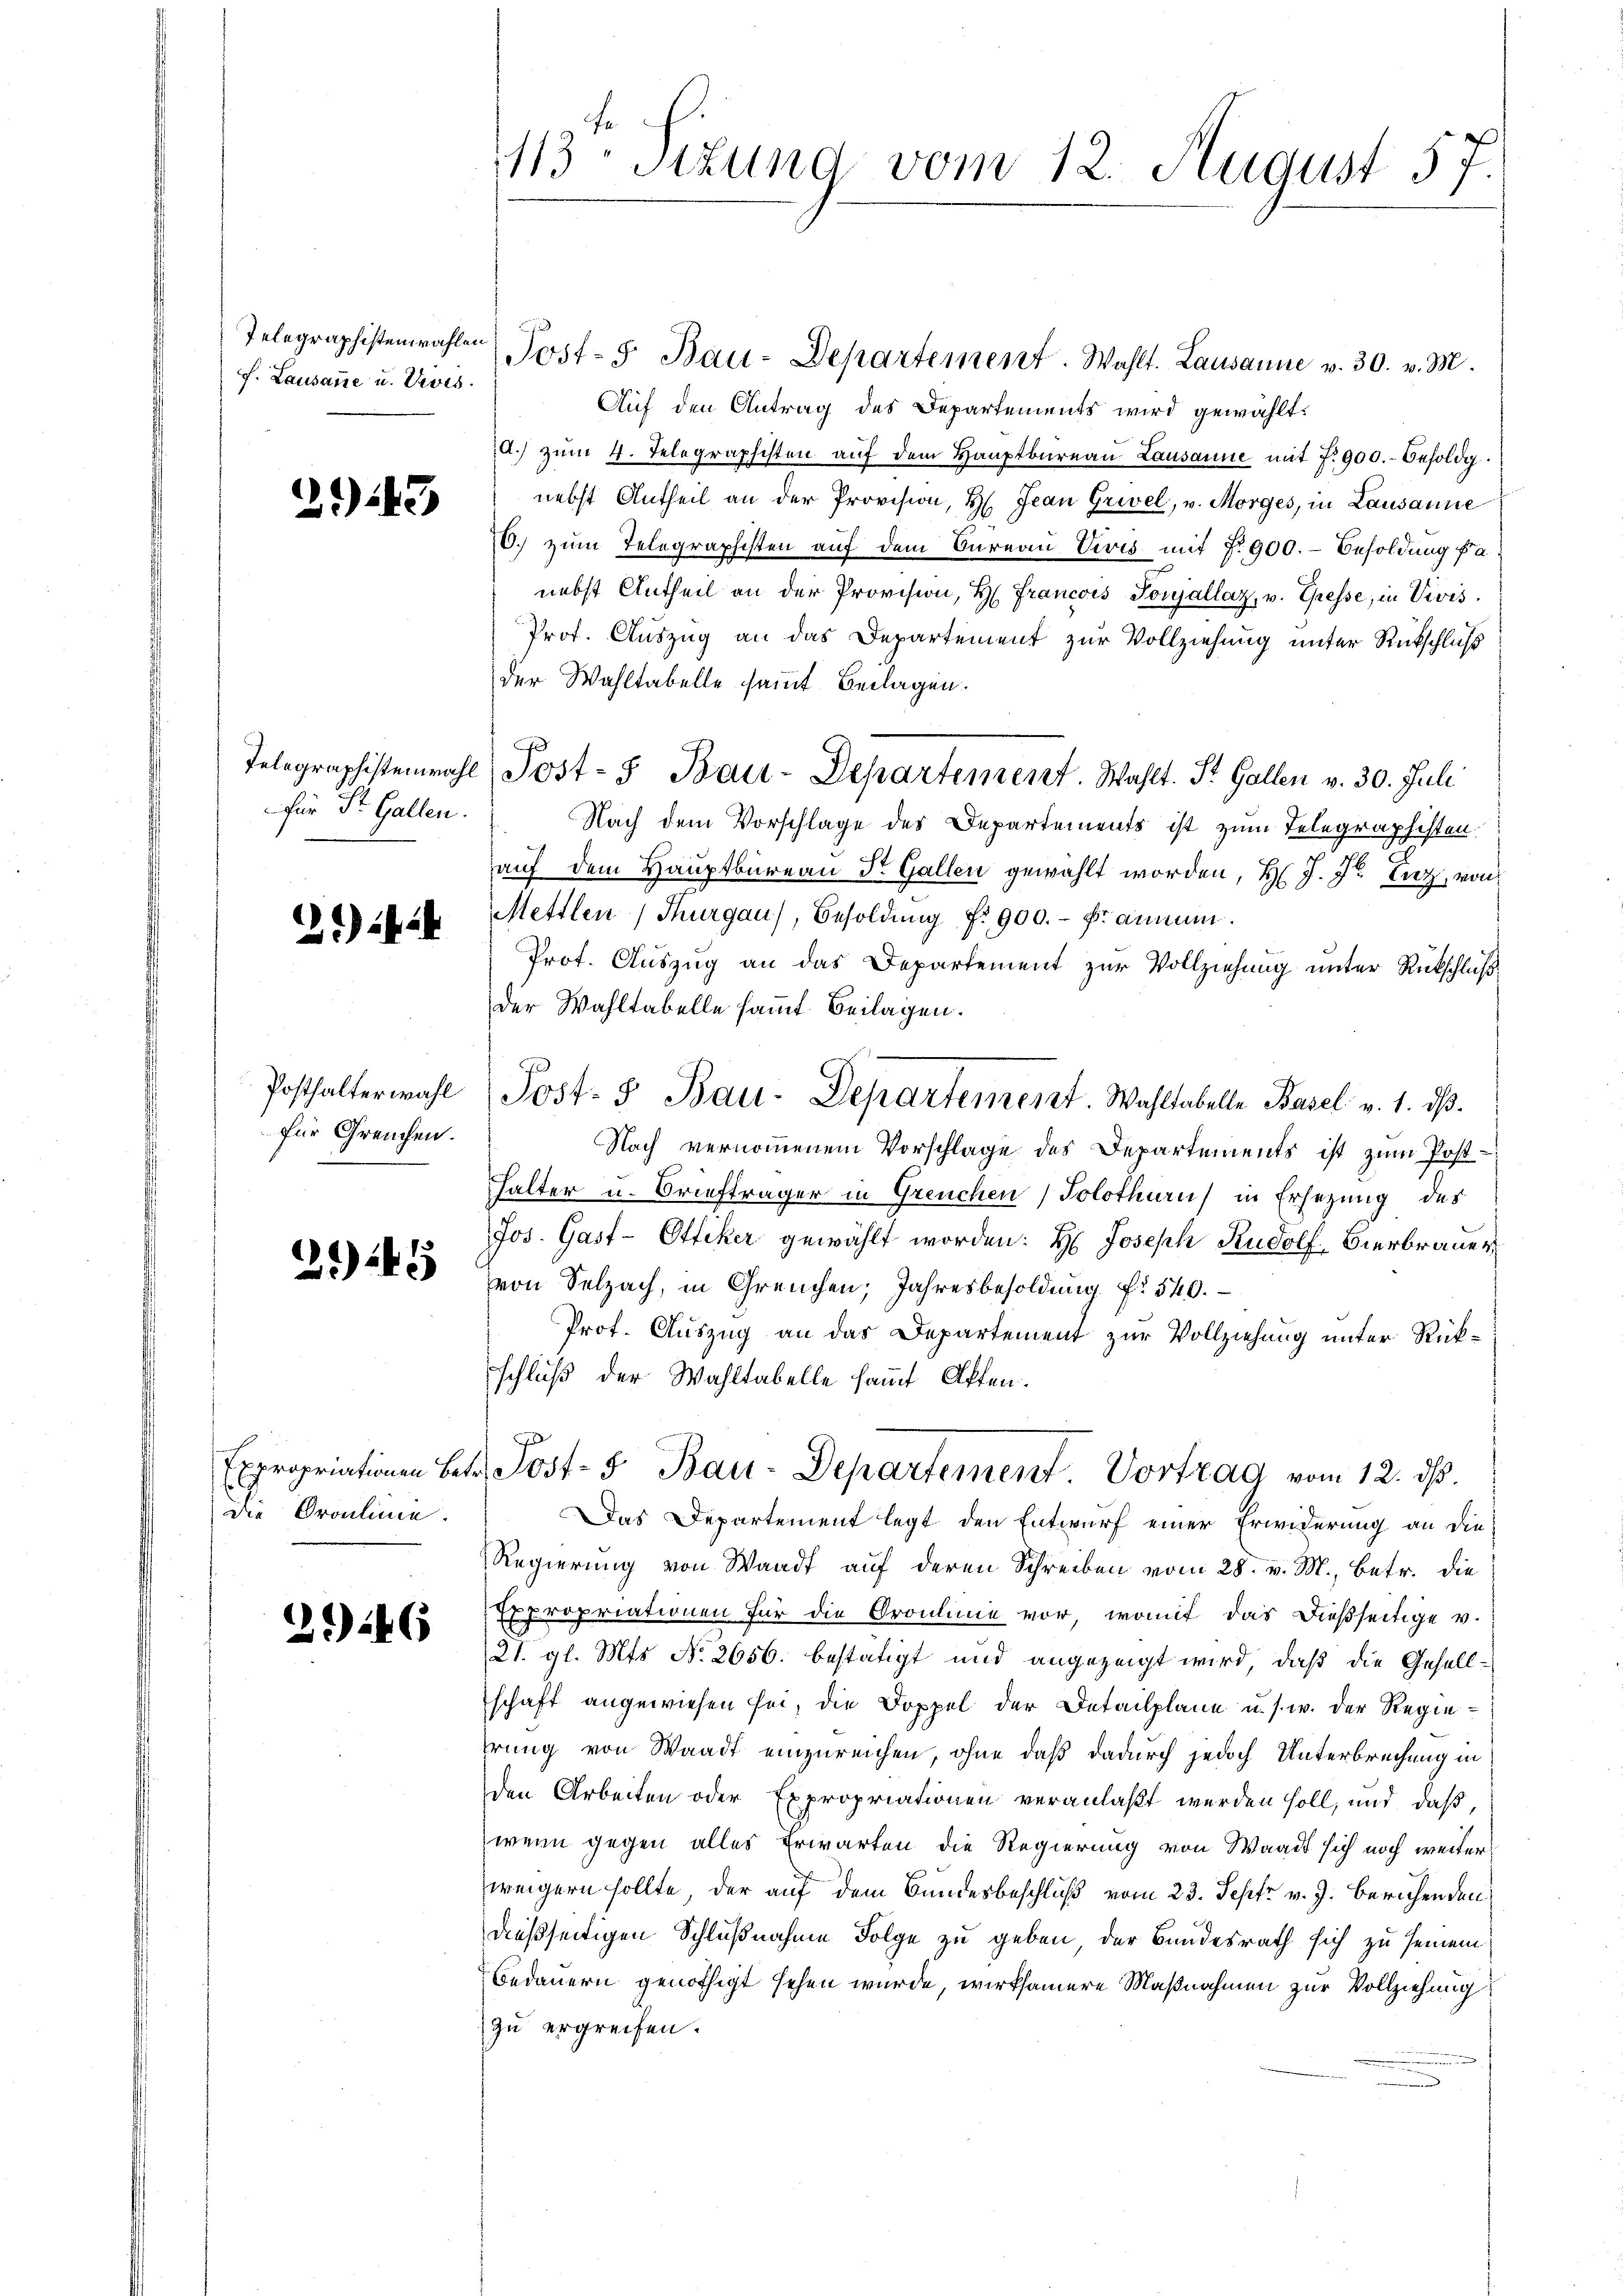
f. Lausanne u. Devis

243

für St. Gallen.

)

für Greuchen.

21149

die Brochne.

2246

113 Stund vom 12. August 57

Auf den Antrag des Departements wird gewählt:
A.) zŭm 4. Telegraphisten aŭf dem Haŭptbüreaŭ Lausanne mit 7. 900.- Besoldg.
nebst Antheil an der Provision, H. Jean Griel, v. Morges, in Lausanne
0. zum Telegraphisten auf dem Bureau Vivis mit No 900.- Besoldung fa
nebst Antheil an der Provision, H. Francois Tonjallaz, v. Gresse, in Vivis.
Prof. Auszug an das Departement zur Vollziehung unter Rückschluß
der Wahltabelle sammt Beilagen.
Nach dem Vorschlage des Departements ist zum Telegraphisten.
auf dem Hauptbureau Dr. Gallen gewählt worden, H. J. J. Laz, von
Mettlen, Thurgau), Besoldŭng f. 900.- Fr. ammen.
Prot. Auszug an das Departement zur Vollziehung unter Rückschlußder Wahltabelle samt Beilagen.
Nach vernommenem Vorschlage des Departements ist zum Posthalter u. Briefträger in Greuchen Solothurn in Ersezung des
Jos. Gast-Ottiker gewählt worden: H: Joseph Rudolf, Bierbrauer
von Selzach, in Greuchen; Jahresbesoldung Nr 540.
Prof. Auszug an das Departement zur Vollziehung unter Rückschluß der Wahltabelle Haupt Affen.
Expropriationen betr. Post- 5. Bau-Departement Vortrag vom 12. ds.
Das Departement legt den Entwurf einer Erwiderung an die
Regierung von Waadt auf deren Schreiben vom 28. v. M., betr. die
Expropriationen für die Orouline vor, womit das dießseitige v.
21. gl. Mts. No. 2656. bestätigt und angezeigt wird, daß die Gesellschaft angewiesen sei, die Doppel der Detailplane u. s. w. der Regiehrung von Waadt einzureichen, ohne daß dadurch jedoch Unterbrechung in
den Arbeiten oder Expropriationen veranlaßt werden soll, und daß,
wenn gegen alles Erwarten die Regierung von Waadt sich noch weiter
weigern sollte, der auf dem Bundesbeschluß vom 23. Sept v. J. beruhenden
dießseitigen Schlußnahme Folge zu geben, der Bundesrath sich zu seinem
Bedauern genöthigt sehen wurde, wirksamere Maßnahmen zur Vollziehung
zu ergreifen.

Telegraphistenwahlen Post- 5. Bau-Departement. Wahlt. Lausanne v. 30. v. M.

Telegraphistenwahl Post- & Bau-Departement. Wahlt. St. Gallen v. 30. Juli

Posthalterwahl Post- & Bau-Departement. Wahltabelle Basel v. 1. dβ.